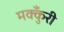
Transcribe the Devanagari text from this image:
मक्कुँरी